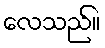
လေသည်။